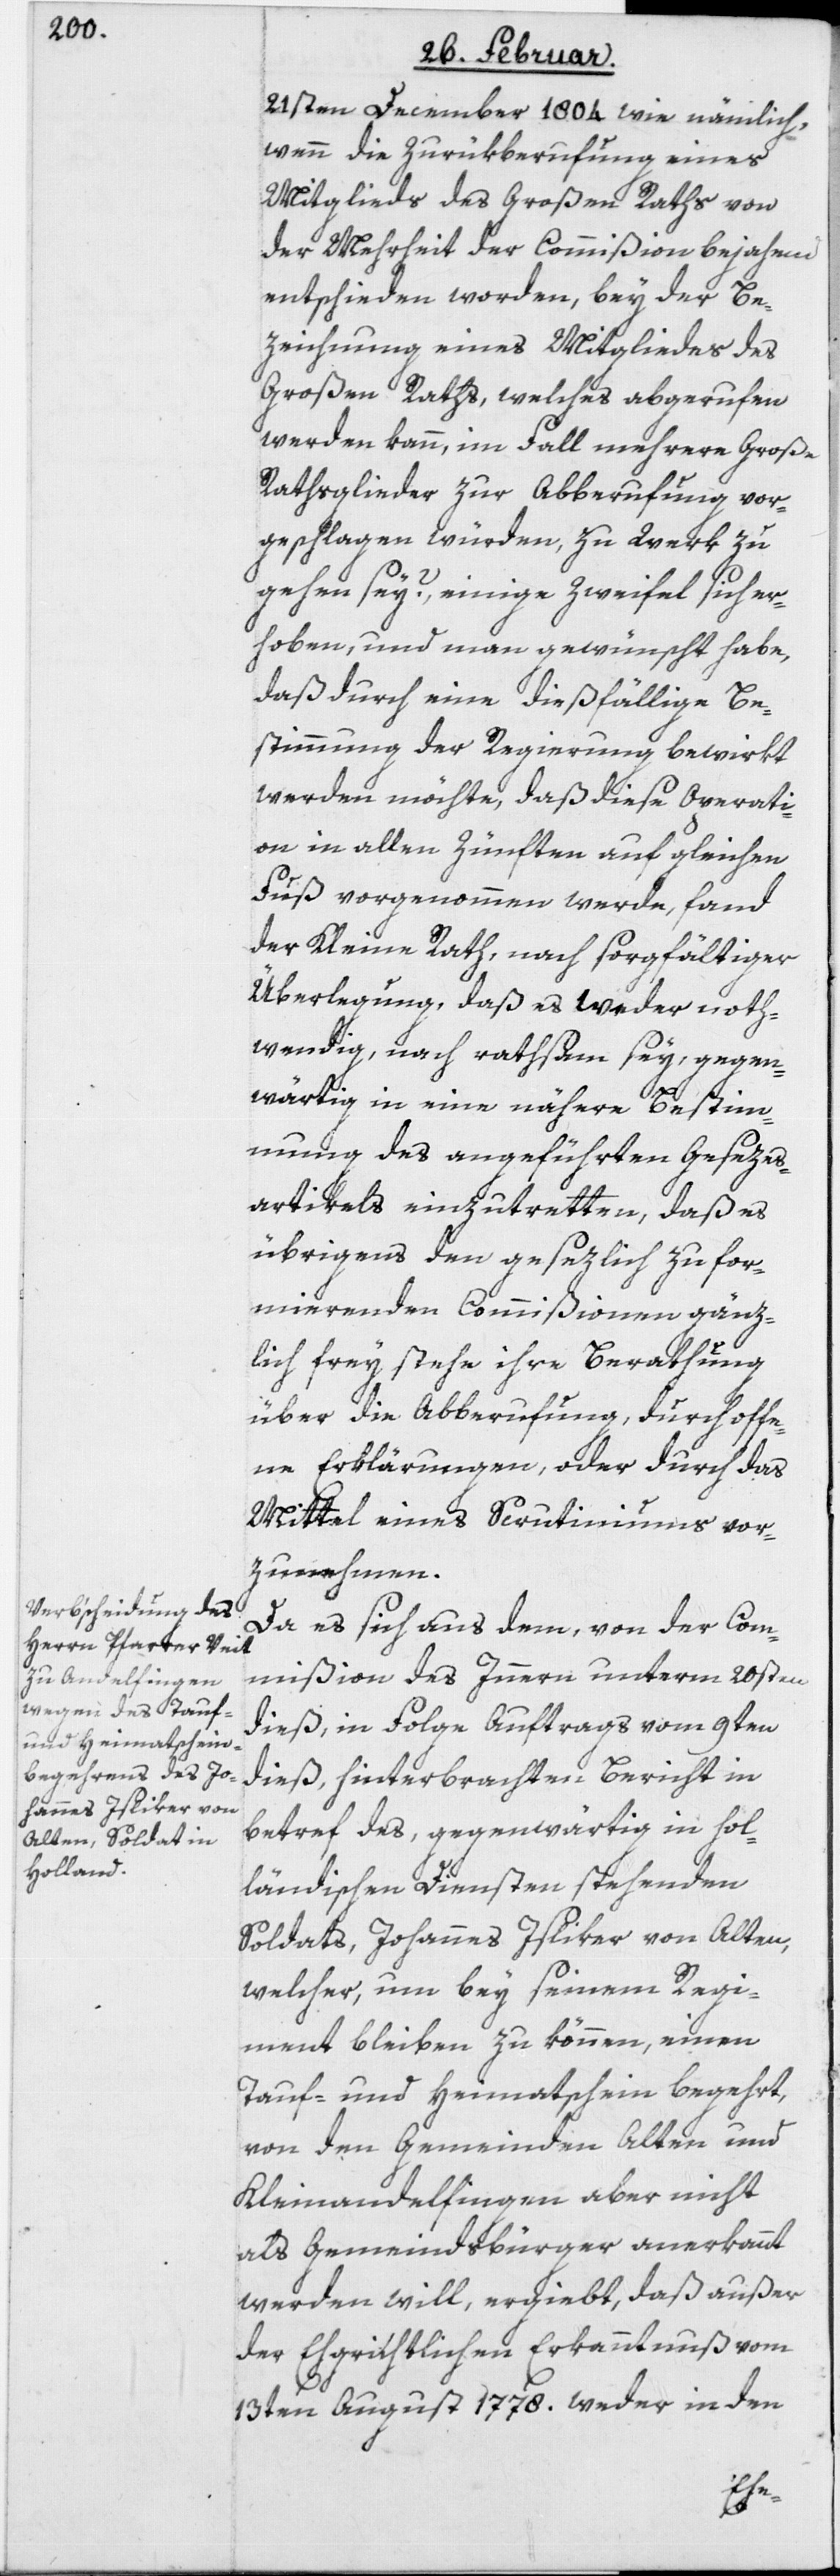
21sten December 1804. wie nämlich,
wenn die Zurükberufung eines
Mitglieds des Großen Raths von
der Mehrheit der Commißion bejahend
entschieden worden, bey der Be¬
zeichnung eines Mitgliedes des
Großen Raths, welches abgerufen
werden kann, im Fall mehrere Große
Rathsglieder zur Abberufung vor¬
geschlagen würden, zu Werk zu
gehen sey?, einige Zweifel sich er¬
hoben, und man gewünscht habe,
daß durch eine dießfällige Be¬
stimmung der Regierung bewirkt
werden möchte, daß diese Operati¬
on in allen Zünften auf gleichen
Fuß vorgenommen werde, fand
der Kleine Rath, nach sorgfältiger
Überlegung, daß es weder noth¬
wendig noch rathsam sey, gegen¬
wärtig in eine nähere Bestim¬
mung des angeführten Gesezes¬
artikels einzutretten, daß es
übrigens den gesezlich zu for¬
mierenden Commißionen gänz¬
lich frey stehe ihre Berathung
über die Abberufung, durch offe¬
ne Erklärungen, oder durch das
Mittel eines Scrutiniums vor¬
zunehmen.
Da es sich aus dem, von der Com¬
mißion des Innern unterm 20sten
dieß, in Folge Auftrags vom 9ten
dieß, hinterbrachten Bericht in
betref des, gegenwärtig in hol¬
ländischen Diensten stehenden
Soldats, Johannes Isliker von Alten,
welcher, um bey seinem Regi¬
ment bleiben zu können, einen
Tauf- und Heimatschein begehrt,
von den Gemeinden Alten und
Kleinandelfingen aber nicht
als Gemeindsbürger anerkannt
werden will, ergiebt, daß außer
der Ehgrichtlichen Erkanntnuß vom
13ten August 1778. weder in den